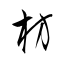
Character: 枋